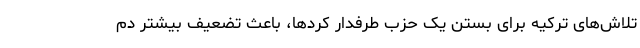
تلاش‌های ترکیه برای بستن یک حزب طرفدار کردها، باعث تضعیف بیشتر دم